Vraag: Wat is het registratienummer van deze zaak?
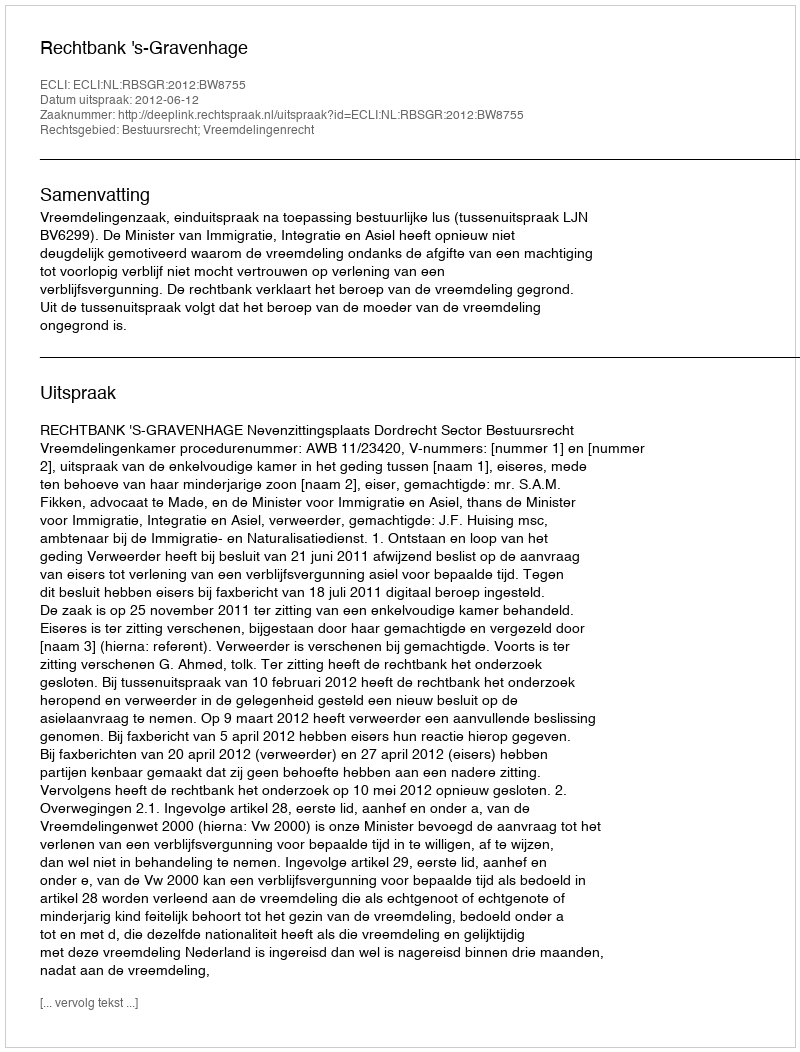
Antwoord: http://deeplink.rechtspraak.nl/uitspraak?id=ECLI:NL:RBSGR:2012:BW8755